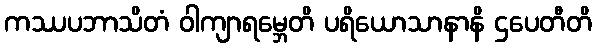
ကဿပဘာသိတံ ဝါကျာရမ္ဘေတိ ပရိယောသာနာနိ ဌပေတီတိ